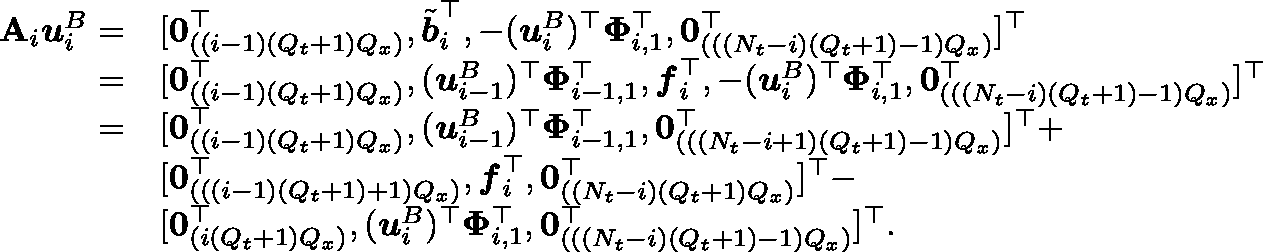
\begin{array} { r l } { \mathbf { A } _ { i } \boldsymbol { u } _ { i } ^ { B } = } & { [ \boldsymbol { 0 } _ { ( ( i - 1 ) ( Q _ { t } + 1 ) Q _ { x } ) } ^ { \top } , \tilde { \boldsymbol { b } } _ { i } ^ { \top } , - ( \boldsymbol { u } _ { i } ^ { B } ) ^ { \top } \mathbf { \Phi } _ { i , 1 } ^ { \top } , \mathbf { 0 } _ { ( ( ( N _ { t } - i ) ( Q _ { t } + 1 ) - 1 ) Q _ { x } ) } ^ { \top } ] ^ { \top } } \\ { = } & { [ \boldsymbol { 0 } _ { ( ( i - 1 ) ( Q _ { t } + 1 ) Q _ { x } ) } ^ { \top } , ( \boldsymbol { u } _ { i - 1 } ^ { B } ) ^ { \top } \mathbf { \Phi } _ { i - 1 , 1 } ^ { \top } , \boldsymbol { f } _ { i } ^ { \top } , - ( \boldsymbol { u } _ { i } ^ { B } ) ^ { \top } \mathbf { \Phi } _ { i , 1 } ^ { \top } , \mathbf { 0 } _ { ( ( ( N _ { t } - i ) ( Q _ { t } + 1 ) - 1 ) Q _ { x } ) } ^ { \top } ] ^ { \top } } \\ { = } & { [ \boldsymbol { 0 } _ { ( ( i - 1 ) ( Q _ { t } + 1 ) Q _ { x } ) } ^ { \top } , ( \boldsymbol { u } _ { i - 1 } ^ { B } ) ^ { \top } \mathbf { \Phi } _ { i - 1 , 1 } ^ { \top } , \mathbf { 0 } _ { ( ( ( N _ { t } - i + 1 ) ( Q _ { t } + 1 ) - 1 ) Q _ { x } ) } ^ { \top } ] ^ { \top } + } \\ & { [ \boldsymbol { 0 } _ { ( ( ( i - 1 ) ( Q _ { t } + 1 ) + 1 ) Q _ { x } ) } ^ { \top } , \boldsymbol { f } _ { i } ^ { \top } , \mathbf { 0 } _ { ( ( N _ { t } - i ) ( Q _ { t } + 1 ) Q _ { x } ) } ^ { \top } ] ^ { \top } - } \\ & { [ \boldsymbol { 0 } _ { ( i ( Q _ { t } + 1 ) Q _ { x } ) } ^ { \top } , ( \boldsymbol { u } _ { i } ^ { B } ) ^ { \top } \mathbf { \Phi } _ { i , 1 } ^ { \top } , \mathbf { 0 } _ { ( ( ( N _ { t } - i ) ( Q _ { t } + 1 ) - 1 ) Q _ { x } ) } ^ { \top } ] ^ { \top } . } \end{array}